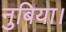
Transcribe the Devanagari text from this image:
नुबिया।